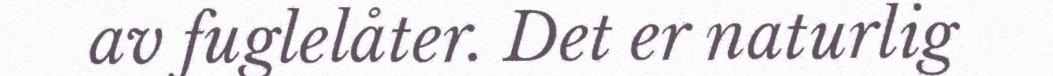
av fuglelåter. Det er naturlig